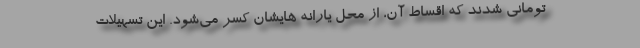
تومانی شدند که اقساط آن، از محل یارانه هایشان کسر می‌شود. این تسهیلات